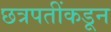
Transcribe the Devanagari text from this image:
छत्रपतींकडून